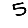
Digit: 5